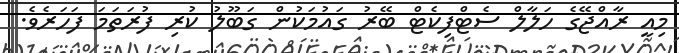
މިއީ ރާއްޖޭގެ ހަލާލް ސެޓްފިކެޓް ބޭރު ގައުމަކުން ގަބޫލު ކުރި ފުރަތަމަ ފަހަރެވެ.